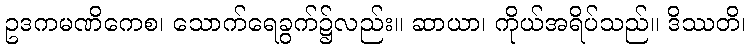
ဥဒကမဏိကေစ၊ သောက်ရေခွက်၌လည်း။ ဆာယာ၊ ကိုယ်အရိပ်သည်။ ဒိဿတိ၊